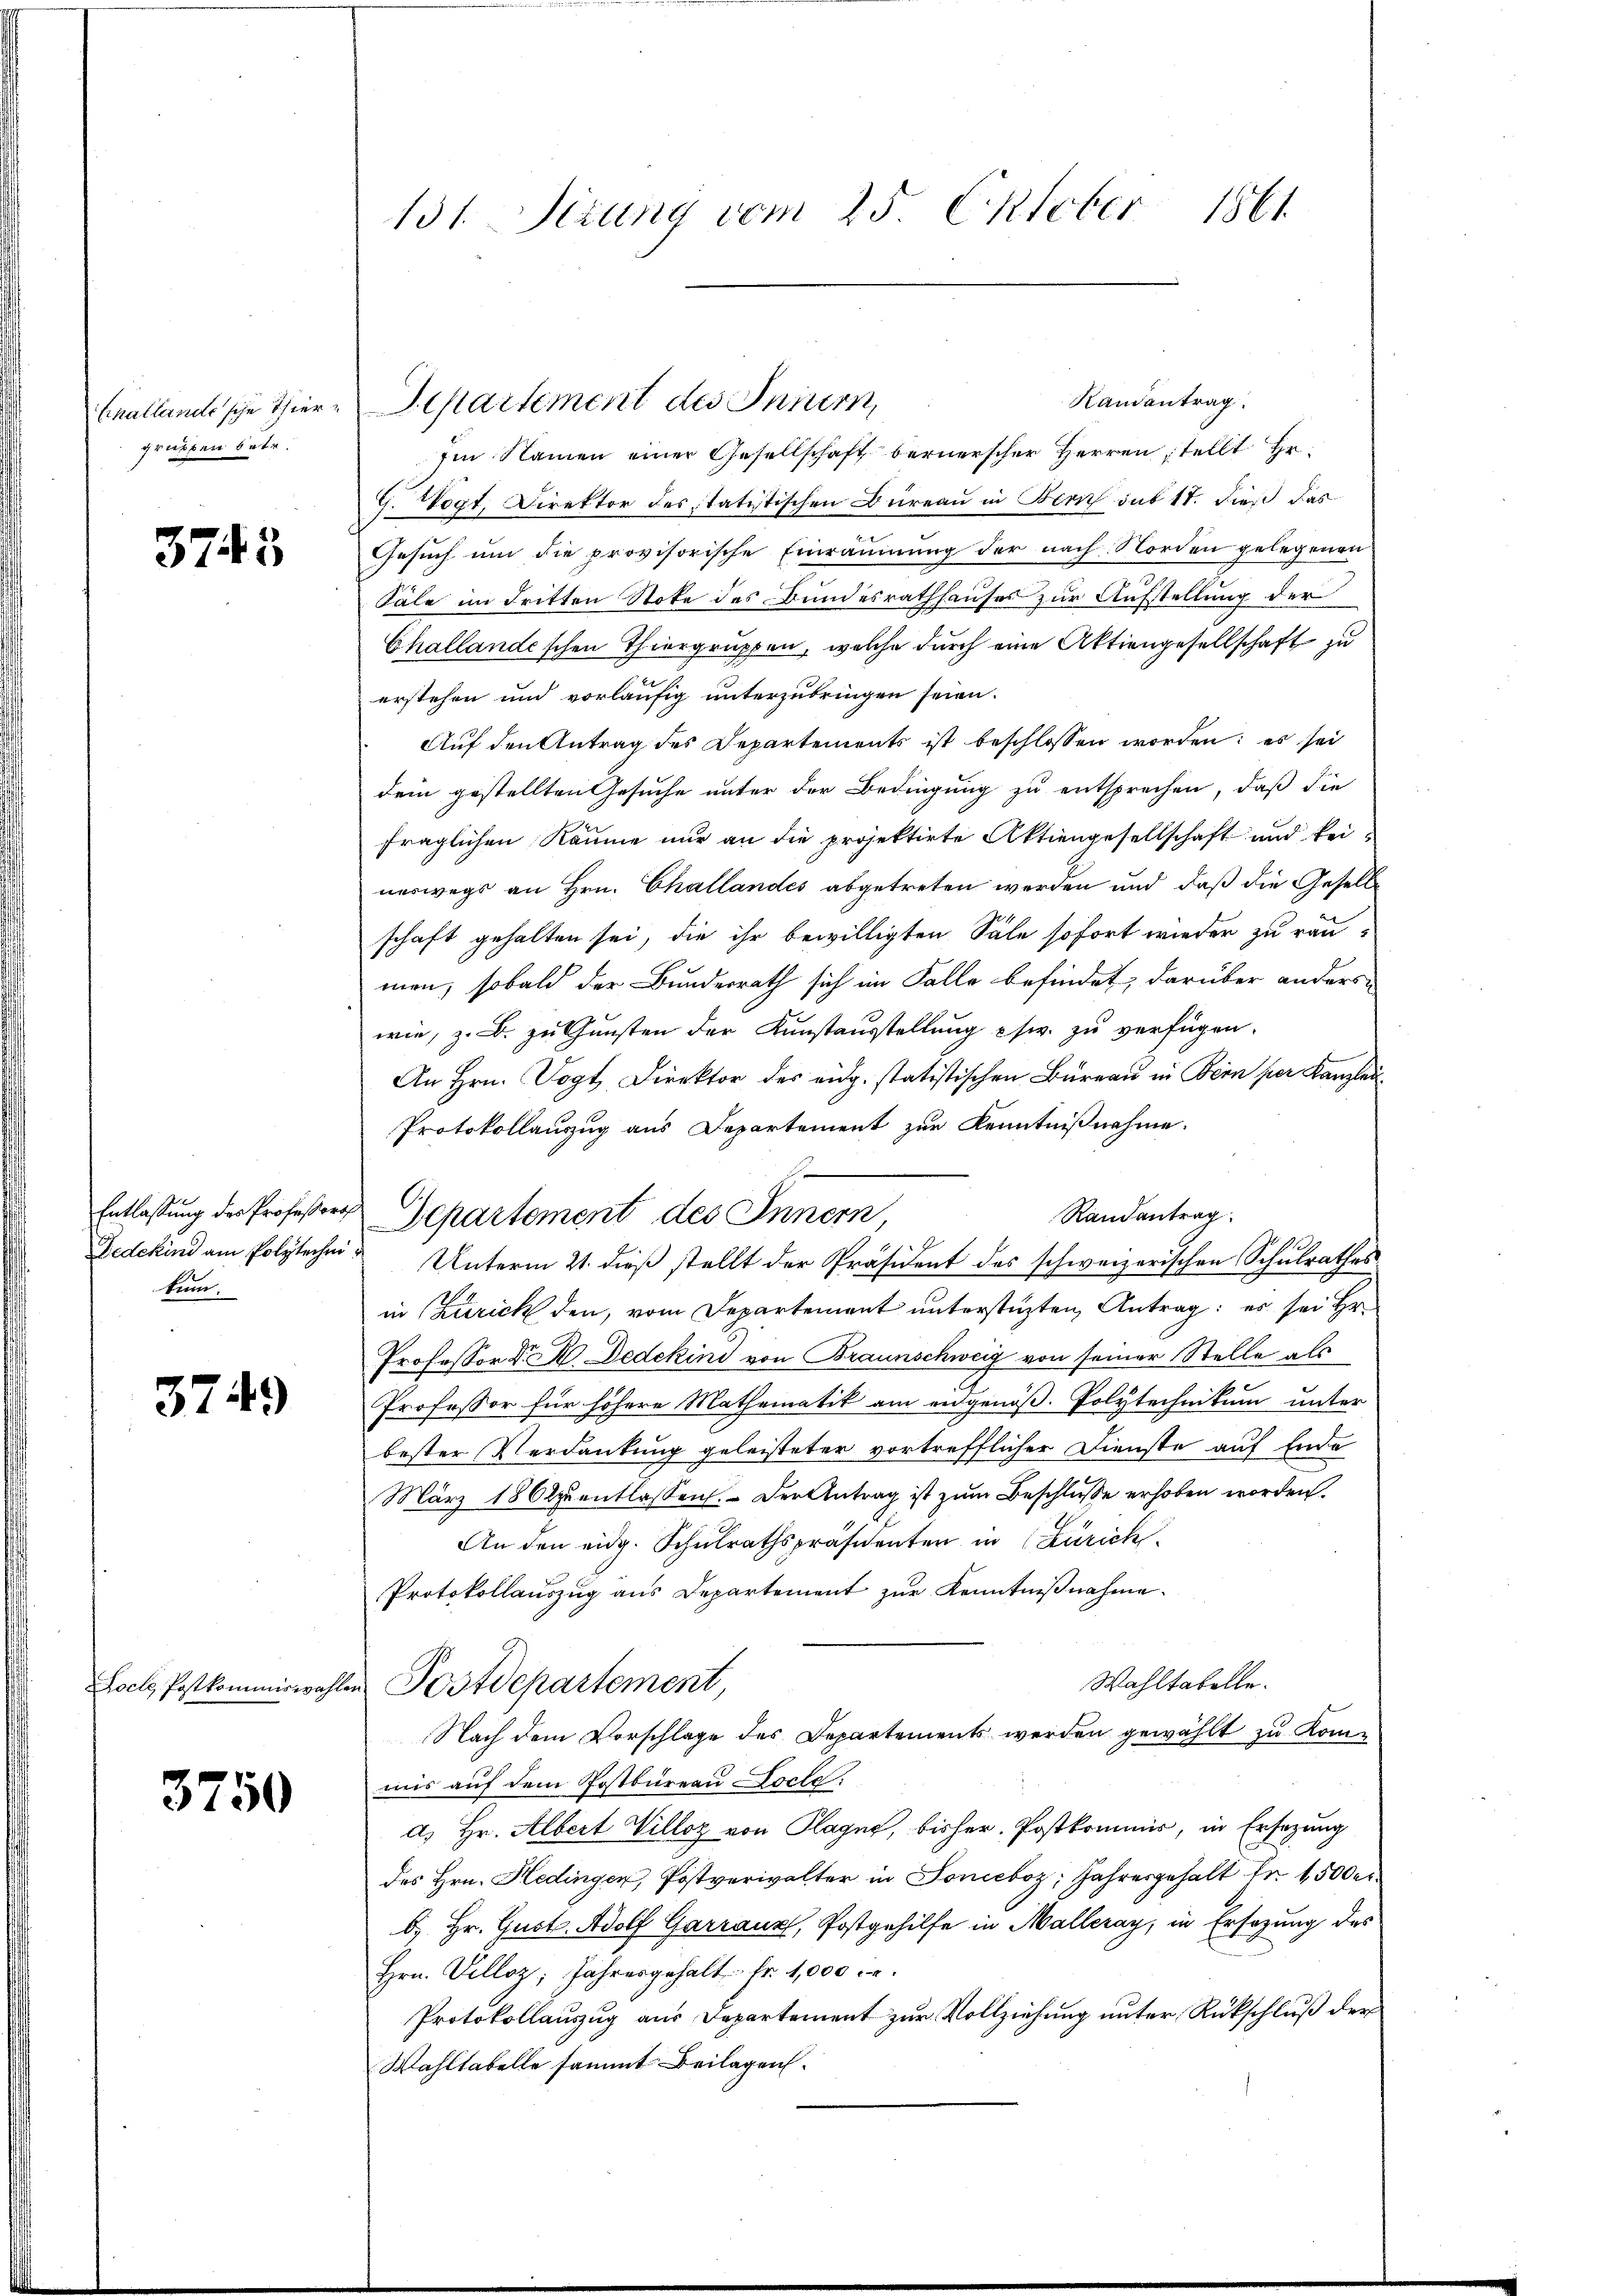
Einallande sche Thiergruben betr.

3745

kum.

3749

Foch, Postkommiswahle.

3750

131. Setzung vom 25. Oktober 1861

Randantrag
Im Namen einer Gesellschaft bernerscher Herren stellt Hr.
G. Wögt, Direktor des statistischen Bureau in Zürich sub 11. dieß das
Gesuch um die provisorische Einräumung der nach Norden gelegenen
Säle im dritten Stote des Bundesrathhauses zur Aufstellung der
Challandischen Thiergruppen, welche durch eine Aktiengesellschaft zu
erstehen und vorläufig unterzubringen seien.
Auf den Antrag des Departements ist beschlossen worden; es sei
dem gestellten Gesuche unter der Bedingung zu entsprechen, daß die
fraglichen Räume nur an die projektirte Aktiengesellschaft und keineswegs an Hrn. Challandes abgetreten werden und daß die Geselle
schaft gehalten sei, die ihr bewilligten Säle sofort wieder zu räu-
men, sobald der Bundesrath sich im Falle befindet, darüber anders
wie, z. B. zu Gunsten der Kunstausstellung chw. zu verfügen.
An Hrn. Vogt Direktor des eidg. statistischen Büreaŭ in Bern per Kanzlei-
Protokollauszug aus Departement zur Kenntnißnahme.
h
Entlassung des Professors Separtement des Innern,
Randantrag
J
Dedekind am Polytechen Unterm 21. dieß stellt der Präsident des schweizerischen Schulrathes
in Zürich den, vom Departement unterstüzten Antrag: es sei Hr.
Professor D. R. Dedekind von Braunschweig von seiner Stelle als
Professor für höhere Mathematik am eidgenöß. Polytechnikum unter
bester Verdankung geleisteter vortrefflicher Dienste auf Ende
März 18 Otzŭentlassen. Der Antrag ist zum Beschlusse erhoben worden.
An den eidg. Schulrathspräsidenten in Zürich
Protokollauszug aus Departement zur Kenntnißnahme.
Wahltabelle.
in Postdepartement,
Nach dem Vorschlage des Departements werden gewählt zu Kommis auf dem Postbüreau Locte:
d) Hr. Albert Villog von Plagne, bisher, Postkommis, in Ersatzung
des Hrn. Hedinger, Postverwalter in Sonicboz, Jahresgehalt Fr. 1500 er
b. Hr. Gust. Adolf Garraum, Postgehilfe in Malleray, in Ersatzung des
Hrn. Velloz, Jahresgehalt fr. 1,000.
Protokollauszug aus Departement zur Vollziehung unter Rückschluß der
Wahltabelle sammt Beilagen.

Separtement des Inium